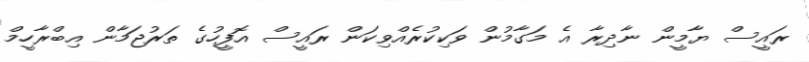
ރައީސް ޔާމީން ނާދިރާ އެ މަގާމުން ވަކިކުރެއްވިކަން ރައީސް އޮފީހުގެ ތަރުޖަމާން އިބްރާހީމް